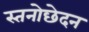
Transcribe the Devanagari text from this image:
स्तनोछेदन